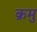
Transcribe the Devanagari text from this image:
क्रमु